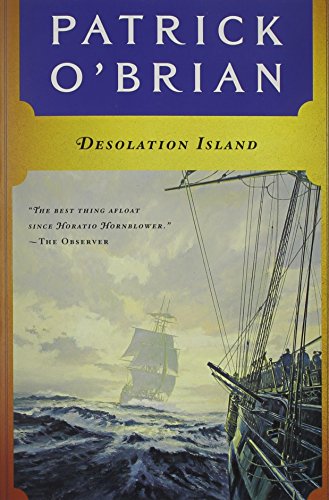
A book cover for Desolation Island  (The Aubrey/Maturin Novels, Book 5); Patrick O'Brian; Literature & Fiction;